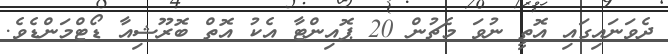
ދެވަނައިގައި އޮތީ ނުވަ މެޗުން 20 ޕޮއިންޓާ އެކު އޮތް ބޮރޫޝިއާ ޑޯޓްމަންޑެވެ.